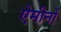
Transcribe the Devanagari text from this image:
ऐमीनों